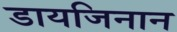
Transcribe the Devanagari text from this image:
डायजिनान